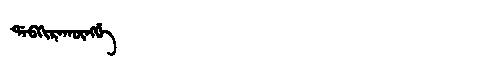
Manchu: ᡩᠠᠪᡴᡳᡵᠠᡴᡡᠩᡤᡝ
Romanization: DABKIRAKŪNGGE